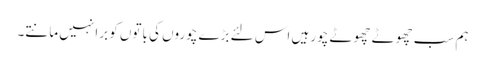
ہم سب چھوٹے چھوٹے چور ہیں اس لئے بڑے چوروں کی باتوں کو برا نہیں مانتے۔